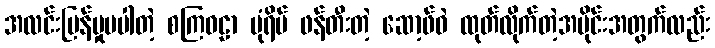
အလင်းပြန်မှုမပါတဲ့ စကြဝဠာ ပုံရိပ် ဖန်တီးတဲ့ ဆော့ဖ်ဝဲ ထုတ်လိုက်တဲ့အပိုင်းအတွက်လည်း